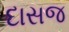
દાસજ